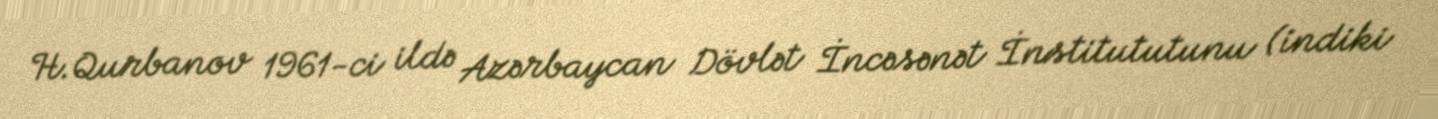
H.Qurbanov 1961-ci ildə Azərbaycan Dövlət İncəsənət İnstitututunu (indiki